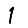
Digit: 1